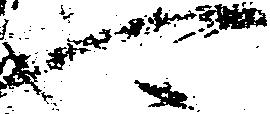
可